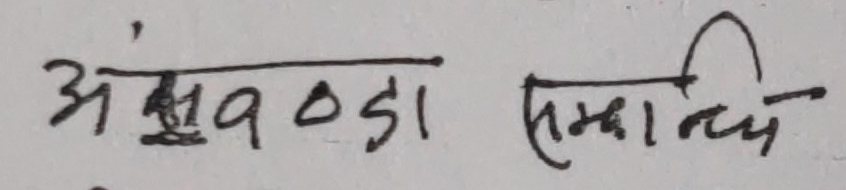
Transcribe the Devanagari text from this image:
असुवडा सम्मान्दि